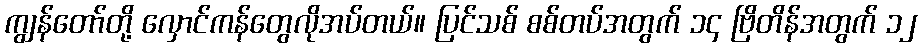
ကျွန်တော်တို့ လှောင်ကန်တွေလိုအပ်တယ်။ ပြင်သစ် စစ်တပ်အတွက် ၁၄ ဗြိတိန်အတွက် ၁၂